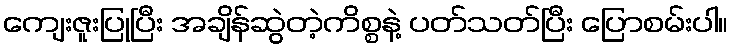
ကျေးဇူးပြုပြီး အချိန်ဆွဲတဲ့ကိစ္စနဲ့ ပတ်သတ်ပြီး ပြောစမ်းပါ။